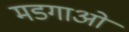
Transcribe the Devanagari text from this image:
मडगाओं